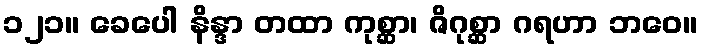
၁၂၁။ ခေပေါ နိန္ဒာ တထာ ကုစ္ဆာ၊ ဇိဂုစ္ဆာ ဂရဟာ ဘဝေ။